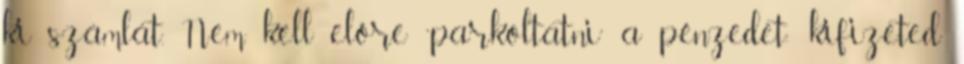
ki számlát. Nem kell előre “parkoltatni” a pénzedet: kifizeted